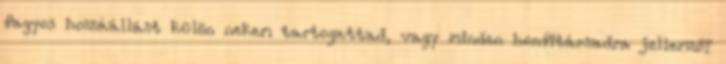
fagyos hozzáállást külön nekem tartogattad, vagy minden honfitársadra jellemző?